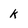
Character: k